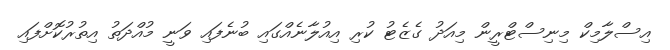
އިސްލާމިކް މިނިސްޓްރީން މިއަދު ގެޒެޓު ކުރި އިއުލާނެއްގައި ބުނެފައި ވަނީ މުއްދަތު އިތުރުކޮށްފައި